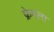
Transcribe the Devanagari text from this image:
फ्रेमला